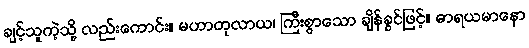
ချင့်သူကဲ့သို့ လည်းကောင်း။ မဟာတုလာယ၊ ကြီးစွာသော ချိန်ခွင်ဖြင့်။ ဓာရယမာနော